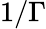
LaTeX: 1/\Gamma